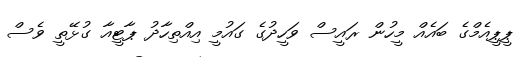
ޕީޕީއެމްގެ ބައެއް މީހުން ރައީސް ވަހީދުގެ ގައުމީ އިއްތިހާދު ޕާޓީއާ ގުޅޭތީ ވެސް